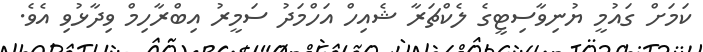
ކަމަށް ގައުމީ ޔުނިވާސިޓީގެ ލެކްޗަރާ ޝެއިހް އަހްމަދު ސަމީރު އިބްރާހިމް ވިދާޅުވި އެވެ.